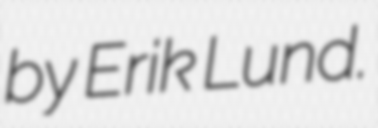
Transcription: by Erik Lund.